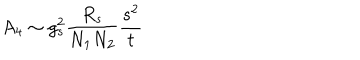
A _ { 4 } \sim g _ { s } ^ { 2 } \frac { R _ { s } } { N _ { 1 } N _ { 2 } } \frac { s ^ { 2 } } { t }